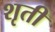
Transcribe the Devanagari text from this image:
शृती